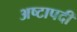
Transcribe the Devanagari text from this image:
अष्टापदीं